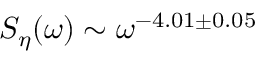
S _ { \eta } ( \omega ) \sim \omega ^ { - 4 . 0 1 \pm 0 . 0 5 }